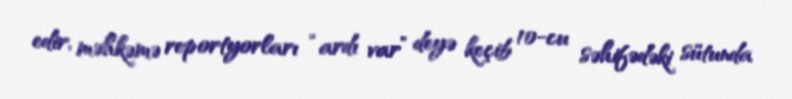
edir, məhkəmə reportyorları “ardı var” deyə keçib 10-cu səhifədəki sütunda